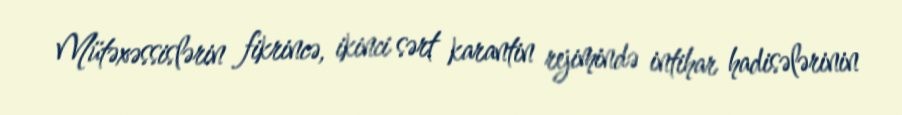
Mütəxəssislərin fikrincə, ikinci sərt karantin rejimində intihar hadisələrinin